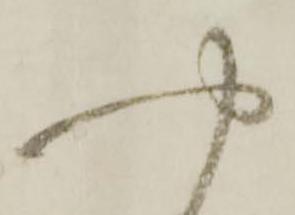
や